Annual returns of the Patna Lunatic Asylum at Bankipore in Bihar and Orissa - 1912-1924
Year: 1912
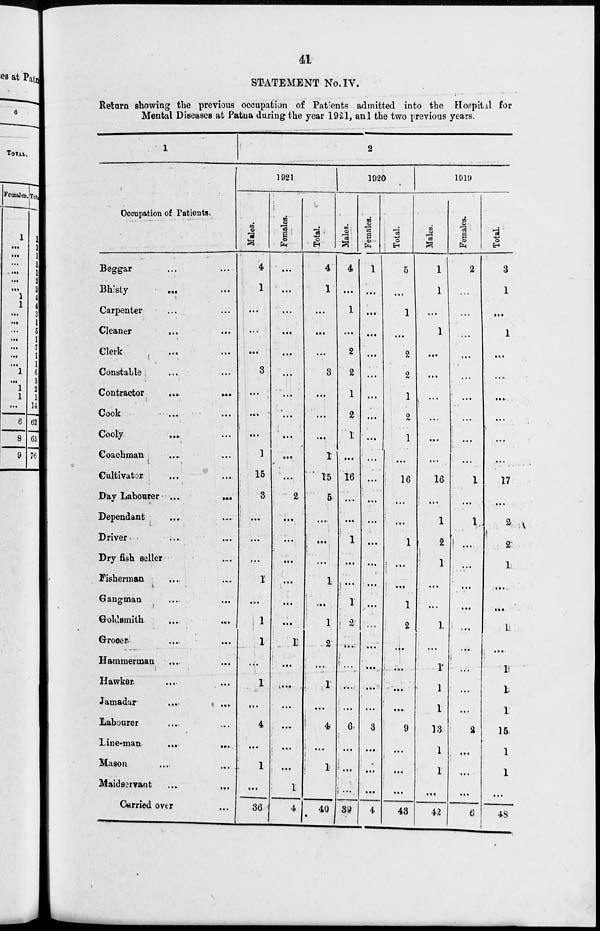
41
STATEMENT No.IV.
Return showing the previous occupation of Patients admitted into the Hospital for
Mental Diseases at Patna during the year 1921, and the two previous years.
1
Occupation of Patients.
Beggar ... ...
Bhisty
... ...
Carpenter ... ...
Cleaner
...
...
Clerk
... ...
Constable ... ...
Contractor
...
...
Cook
...
...
Cooly ... ...
Coachman
... ...
Cultivator ... ...
Day Labourer ...
...
Dependant ... ...
Driver ... ...
Dry fish seller ... ...
Fisherman ... ...
Gangman ... ...
Goldsmith ... ...
Grocer ... ...
Hammerman ... ...
Hawker ... ...
Jamadar ... ...
Labourer ... ...
Line-man
...
...
Mason ... ...
Maidservant ... ...
Carried over ...
2
1921
Males.
4
1
...
...
...
3
...
...
...
1
15
3
...
...
...
1
...
1
1
...
1
...
4
...
1
...
36
Females.
...
...
...
...
...
...
...
...
...
...
...
2
...
...
...
...
...
...
1
...
...
...
...
...
...
1
4
Total.
4
1
...
...
...
3
...
...
...
1
15
5
...
...
...
1
...
1
2
...
1
...
4
...
1
1
40
1920
Males.
4
...
1
...
2
2
1
2
1
...
16
...
...
1
...
...
1
2
...
...
...
...
6
...
...
...
39
Females.
1
...
...
...
...
...
...
...
...
...
...
...
...
...
...
...
...
...
...
...
...
...
3
...
...
...
4
Total.
5
...
1
...
2
2
1
2
1
...
16
...
...
1
...
...
1
2
...
...
...
...
9
...
...
...
43
1919
Males.
1
1
...
1
...
...
...
...
...
...
16
...
1
2
1
...
...
1
...
1
1
1
13
1
1
...
42
Females.
2
...
...
...
...
...
...
...
...
...
1
...
1
...
...
...
...
...
...
...
...
...
2
...
...
...
6
Total.
3
1
...
1
...
...
...
...
...
...
17
...
2
2
1
...
...
1
...
1
l
1
15
1
1
...
48